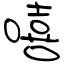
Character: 嘻